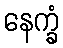
နေက္ခံ